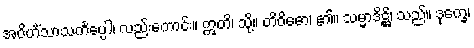
အဝိဟိံသာသင်္ကပ္ပေါ၊ လည်းကောင်း။ ဣတိ၊ သို့။ တိဝိဓော၊ ၏။ သမ္မာဒိဋ္ဌိ၊ သည်။ ဒုက္ခေ၊